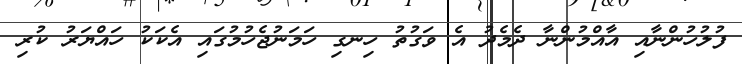
ފުލުހުންނާއި އާއްމުންނާ ދެމެދު އެ ވަގުތު ހިނގި ހަމަނުޖެހުމުގައި އެކަކު ހައްޔަރު ކުރި